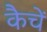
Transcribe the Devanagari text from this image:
कैचें